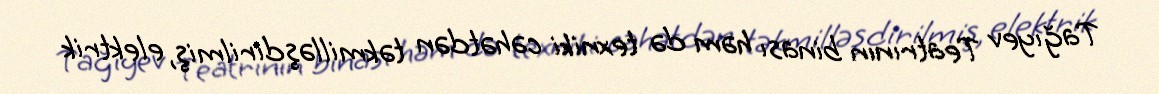
Tağıyev Teatrının binası həm də texniki cəhətdən təkmilləşdirilmiş, elektrik